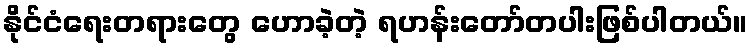
နိုင်ငံရေးတရားတွေ ဟောခဲ့တဲ့ ရဟန်းတော်တပါးဖြစ်ပါတယ်။